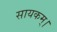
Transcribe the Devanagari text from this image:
सायकम्।